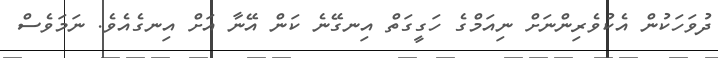
ދުވަހަކުން އެކުވެރިންނަށް ނިއަމްގެ ހަގީގަތް އިނގޭނެ ކަން އޭނާ އަށް އިނގެއެވެ. ނަމަވެސް